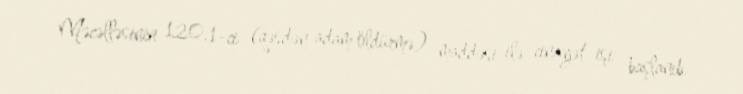
Məcəlləsinin 120.1-ci (qəsdən adam öldürmə) maddəsi ilə cinayət işi başlanıb.